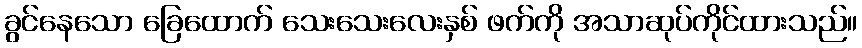
ခွင်နေသော ခြေထောက် သေးသေးလေးနှစ် ဖက်ကို အသာဆုပ်ကိုင်ထားသည်။